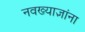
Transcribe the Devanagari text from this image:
नवख्याज्ञांना